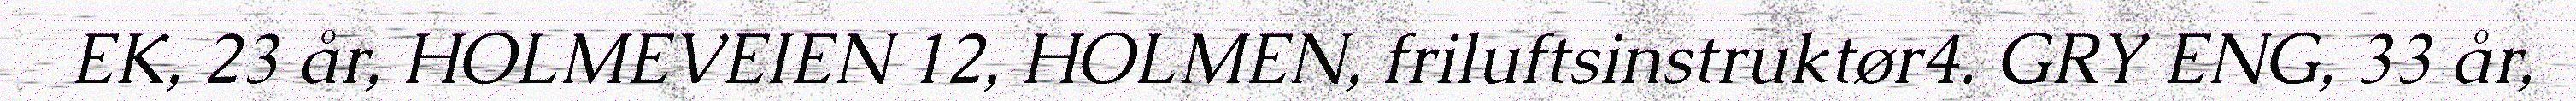
EK, 23 år, HOLMEVEIEN 12, HOLMEN, friluftsinstruktør4. GRY ENG, 33 år,